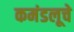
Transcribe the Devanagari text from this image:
कमंडलूचे